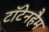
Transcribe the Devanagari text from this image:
टॉटेनहैम